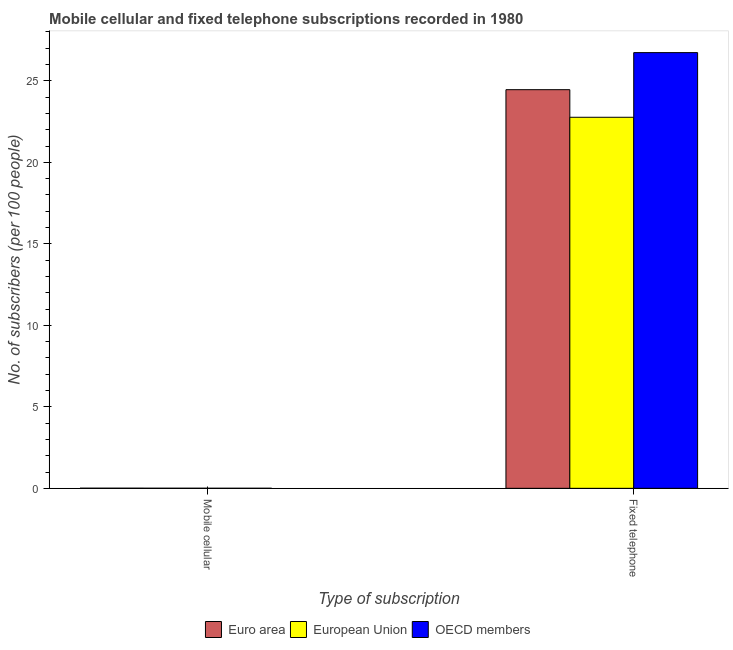
| Type of subscription | Euro area | European Union | OECD members |
 | --- | --- | --- | --- |
 | Mobile cellular | 0.00779 | 0.00506 | 0.00239 |
 | Fixed telephone | 24.5 | 22.8 | 26.7 |